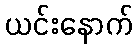
ယင်းနောက်